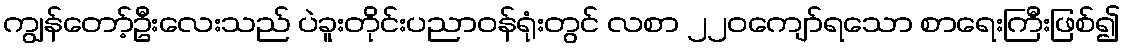
ကျွန်တော့်ဦးလေးသည် ပဲခူးတိုင်းပညာဝန်ရုံးတွင် လစာ ၂၂၀ကျော်ရသော စာရေးကြီးဖြစ်၍